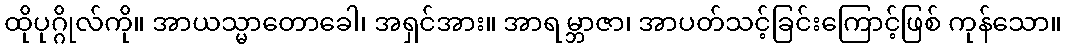
ထိုပုဂ္ဂိုလ်ကို။ အာယသ္မာတောခေါ၊ အရှင်အား။ အာရမ္ဘာဇာ၊ အာပတ်သင့်ခြင်းကြောင့်ဖြစ် ကုန်သော။